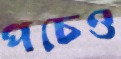
পচেও